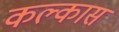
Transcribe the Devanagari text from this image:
कल्कास